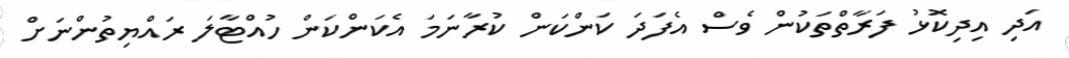
އަދި އިދިކޮޅު ފަރާތްތަކުން ވެސް އެފަދަ ކަންކަން ކުރާނަމަ އެކަންކަން ހުއްޓާލަ ރައްޔިތުންނަށް